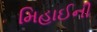
મિહાઈની